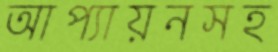
আপ্যায়নসহ